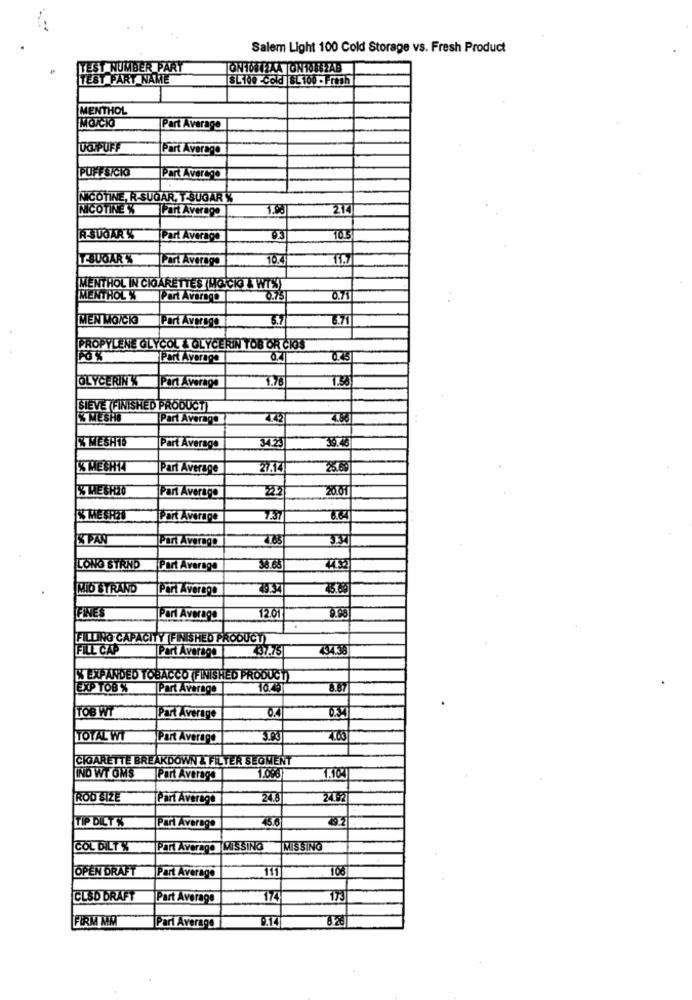
Salem Light 100 Cold Storage vs. Fresh Product
TEST NUMBER PART
TEST PART NAME
SL100 Cold SL 100 - Fresh
MENTHOL
MG/CI
Part Average
UO PUFF
|Part Average
PUFFS/CIO
Part Average
NICOTINE, R.SUGAR, T-SUGAR K
NICOTINE K
Part Average
1.00
214
R-SUGAR %
Part Average
03
1013
SUGAR S
Tart Average
10.4
11.7
MENTHOL IN CIGARETTES HOICIO & WTX)
MENTHOL Y
Part Average
0.75
MEN MO/CKO
Part Average
3.7
6.71
PROPYLENE GLYCOL & OLYCERIN TOB OR CIOS
Port Average
GLYCERIN'K
1.76
1.38
Part Average
SIEVE FINISHED PRODUCT]
S MESHO
Part Average
X MESHID
341.25
39.43
Part Average
% MESHIA
Part Average
20.01
Part Average
% ME SHOW
Port Average
7.37
8.64
& PAR
7.85
Part Average
LONG STRND
Port Average
38.65
44132
MID STRAND
Port Average
FINES
12.01
9.90
Pari Average
FILLING CAPACITY FINISHED PRODUCT)
FILL CAP
Part Average
737.75
434138
% EXPANDED TOBACCO FINISHED PRODUCT
EXP TOB %
Part Average
8.87
TOB WT
Part Average
0.4
TOTAL WT
Part Average
163
CIOARETTE BREAKDOWN & FILTER SEGMENT
IND WT OMS
Part Average
1.098
ROD SIZE
Part Average
24.8
TIP DICTS
45.6
Pari Average
COL DILT K
Part Average MISSING
MISSING
OPEN DRAFT
111
108
Part Average
CLSD DRAFT
Part Average
174
175
FIRM MM
9.14
Pari Average